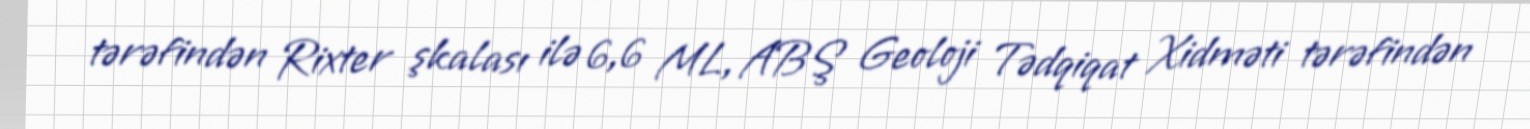
tərəfindən Rixter şkalası ilə 6,6 ML, ABŞ Geoloji Tədqiqat Xidməti tərəfindən